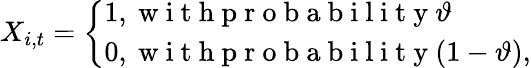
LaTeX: X_{i,t}=\left\{ \begin{array}{ll}{1,\mathrm{~w~i~t~h~p~r~o~b~a~b~i~l~i~t~y~}\vartheta}\\ {0,\mathrm{~w~i~t~h~p~r~o~b~a~b~i~l~i~t~y~}(1-\vartheta),}\end{array}\right.